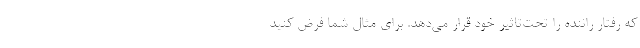
که رفتار راننده را تحت‌تاثیر خود قرار می‌دهد. برای مثال شما فرض کنید